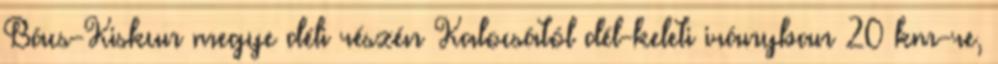
Bács-Kiskun megye déli részén Kalocsától dél-keleti irányban 20 km-re,